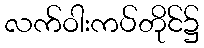
လက်ဝါးကပ်တိုင်၌